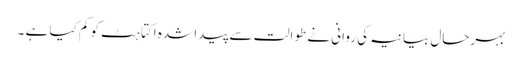
بہرحال بیانیہ کی روانی نے طوالت سے پیدا شدہ اکتاہٹ کو کم کیا ہے ۔